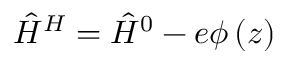
{ \hat { H } } ^ { H } = { \hat { H } } ^ { 0 } - e \phi \left( z \right)